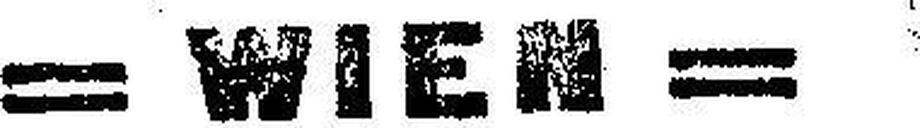
= WIEN =